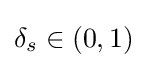
\delta _{s}\in (0,1)